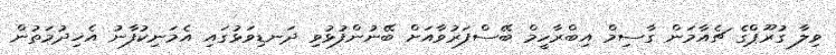
ވިލާ ގުރޫޕްގެ ޗެއާމަން ގާސިމް އިބްރާހީމް ބޭސްފަރުވާއަށް ބޭނުންފުޅުވި ދަނޑިވަޅުގައި އެމަނިކުފާނު އެޚިދުމަތުން